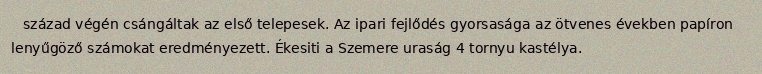
század végén csángáltak az első telepesek. Az ipari fejlődés gyorsasága az ötvenes években papíron lenyűgöző számokat eredményezett. Ékesiti a Szemere uraság 4 tornyu kastélya.